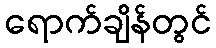
ရောက်ချိန်တွင်